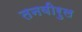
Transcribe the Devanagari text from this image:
तनवीरुल